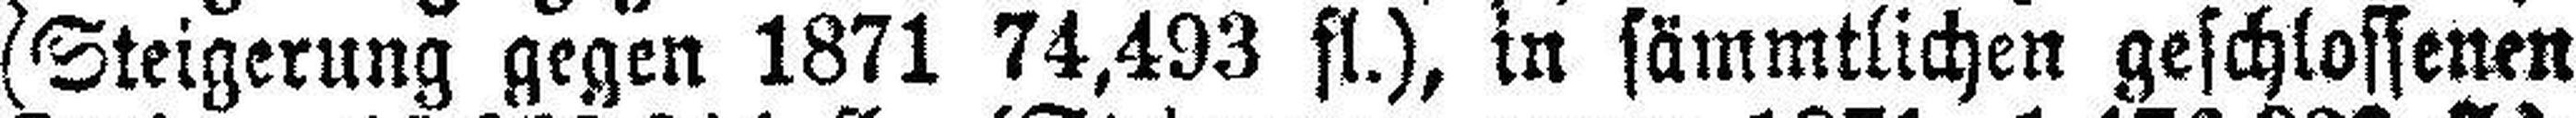
(Steigerung gegen 1871 74,493 fl.), in sämmtlichen geschlossenen